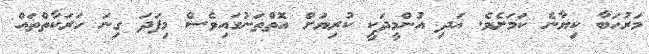
މަރުހަބާ ކިޔާނެ ކަމަށެވެ. އަދި އުންމީދަކީ ކުރިޔަށް އޮތްތަނުގައިވެސް މިފަދަ ގިނަ ހަރަކާތްތައް